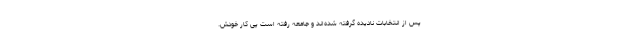
پس از انتخابات نادیده گرفته شده‌اند و جامعه رفته است پی کار خودش.